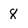
Character: 8